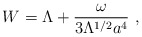
\begin{align*}W = \Lambda +\frac{\omega}{3\Lambda^{1/2}a^{4}} ~,\end{align*}